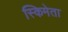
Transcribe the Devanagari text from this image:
स्किमेता